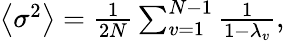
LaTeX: \begin{array}{r}{\left\langle\sigma^{2}\right\rangle=\frac{1}{2N}\sum_{v=1}^{N-1}{\frac{1}{1-\lambda_{v}}},}\end{array}